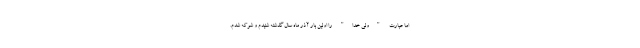
اما عبارت "ولیّ خدا" را اولین بار آذر ماه سال گذشته شنیدم و شوکه شدم.